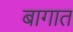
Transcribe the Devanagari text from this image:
बागात